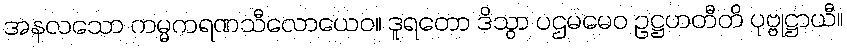
အနလသော ကမ္မကရဏသီလောယေဝ။ ဒူရတော ဒိသွာ ပဌမမေဝ ဥဋ္ဌဟတီတိ ပုဗ္ဗုဋ္ဌာယီ။